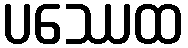
ပဿေထ